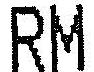
RM